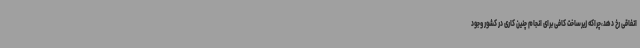
اتفاقی رخ دهد،چراکه زیرساخت کافی برای انجام چنین کاری در کشور وجود